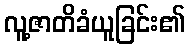
လူ့ဇာတိခံယူခြင်း၏